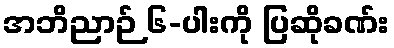
အဘိညာဉ် ၆-ပါးကို ပြဆိုခဏ်း